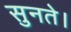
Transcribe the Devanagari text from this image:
सुनते।